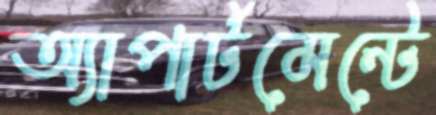
অ্যাপার্টমেন্টে